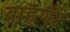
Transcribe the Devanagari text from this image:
ब्राहणों